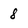
Character: 8